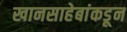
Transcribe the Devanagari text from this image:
खानसाहेबांकडून